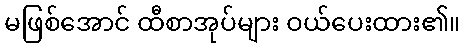
မဖြစ်အောင် ထီစာအုပ်များ ဝယ်ပေးထား၏။